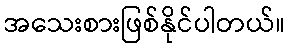
အသေးစားဖြစ်နိုင်ပါတယ်။